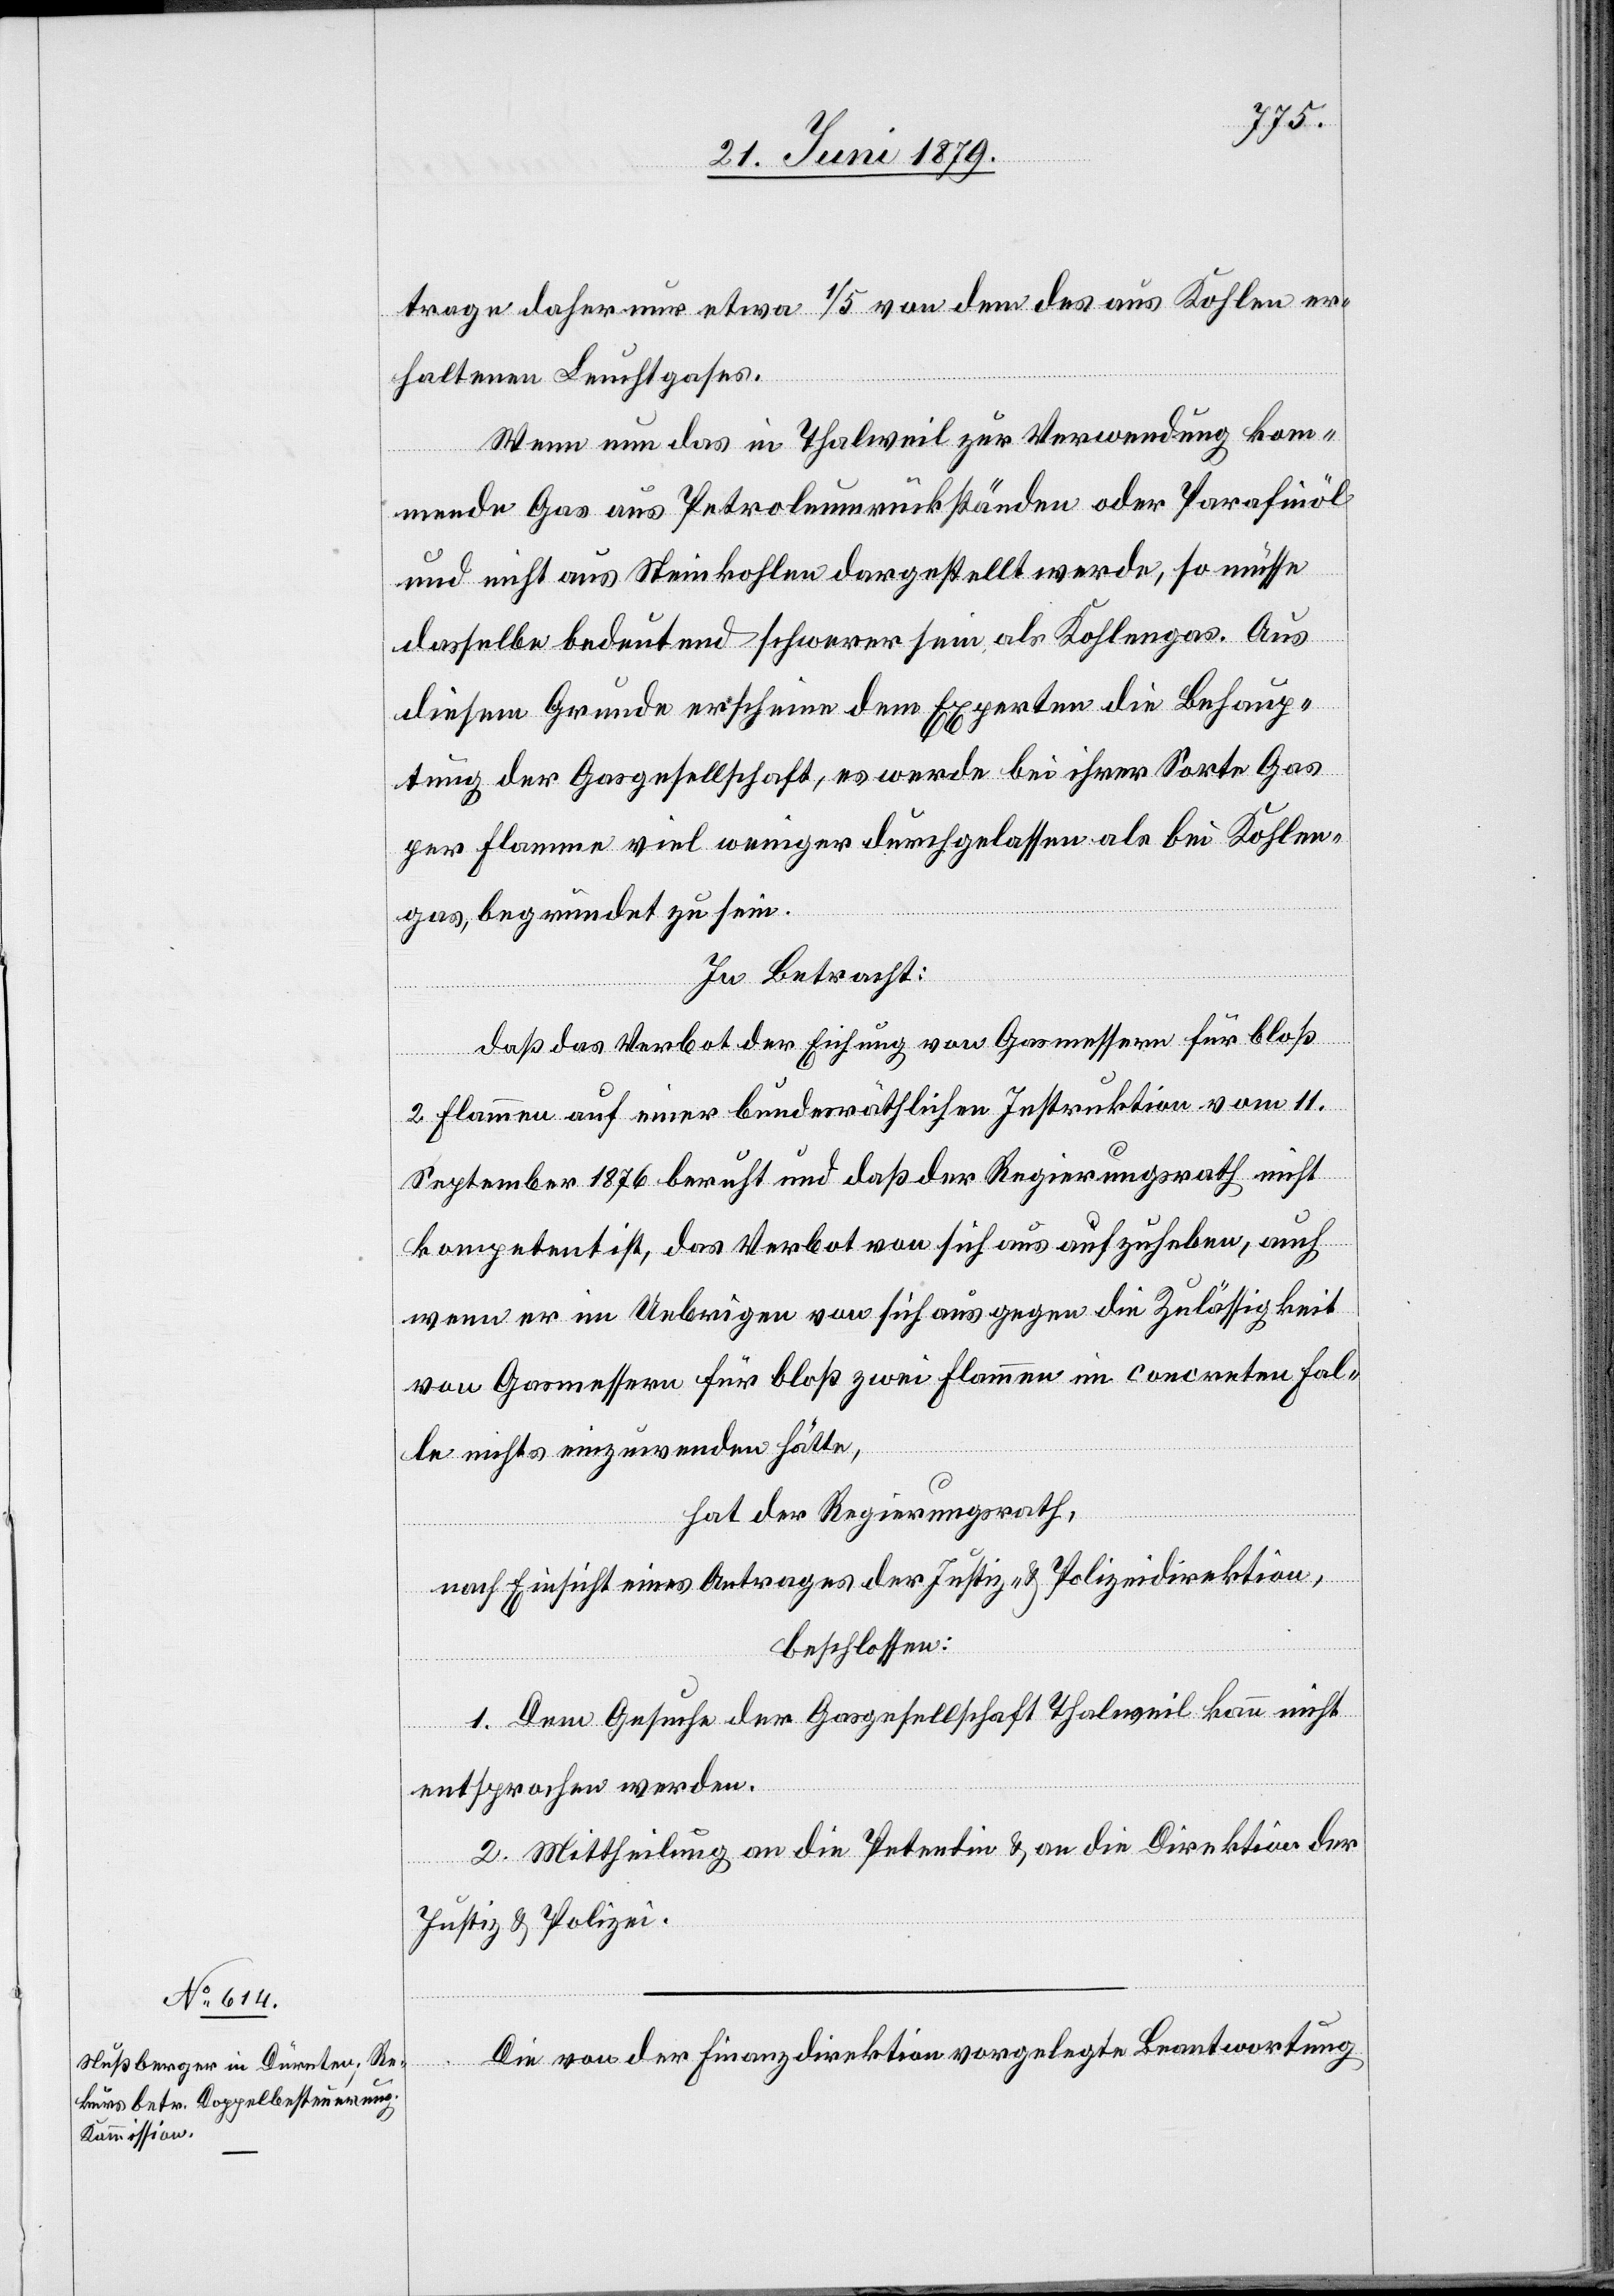
trage daher nur etwa 1/5 von dem des aus Kohlen er¬
haltenen Leuchtgases.
Wenn nun das in Thalweil zur Verwendung kom¬
mende Gas aus Petroleumrückständen oder Parafinöl
und nicht aus Steinkohlen dargestellt [sic!] werde, so müsse
dasselbe bedeutend schwerer sein als Kohlengas. Aus
diesem Grunde erscheine dem Experten die Behaup¬
tung der Gasgesellschaft, es werde bei ihrer Sorte Gas
per Flamme viel weniger durchgelassen als bei Kohlen¬
gas, begründet zu sein.
In Betracht:
daß das Verbot der Eichung von Gasmessern für bloß
2 Flammen auf einer bundesräthlichen Instruktion vom 11.
September 1876 beruht und daß der Regierungsrath nicht
kompetent ist, das Verbot von sich aus aufzuheben, auch
wenn er im Uebrigen von sich aus gegen die Zulässigkeit
von Gasmessern für bloß zwei Flammen im concreten Fal¬
le nichts einzuwenden hätte,
hat der Regierungsrath,
nach Einsicht eines Antrages der Justiz- & Polizeidirektion,
beschlossen:
1. Dem Gesuche der Gasgesellschaft Thalweil kann nicht
entsprochen werden.
2. Mittheilung an die Petentin & an die Direktion der
Justiz & Polizei.
Die von der Finanzdirektion vorgelegte Beantwortung